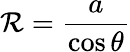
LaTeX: \mathcal{R}={\frac{{a}}{{\cos\theta}}}